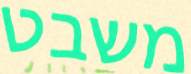
משבט